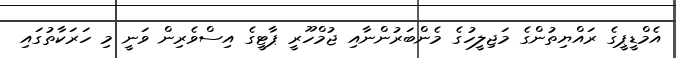
އެމްޑީޕީގެ ރައްޔިތުންގެ މަޖިލީހުގެ މެންބަރުންނާއި ޖުމްހޫރީ ޕާޓީގެ އިސްވެރިން ވަނީ މި ހަރަކާތުގައި